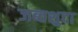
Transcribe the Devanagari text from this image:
जब्तशुदा